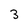
Character: 3